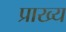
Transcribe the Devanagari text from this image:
प्राख्य